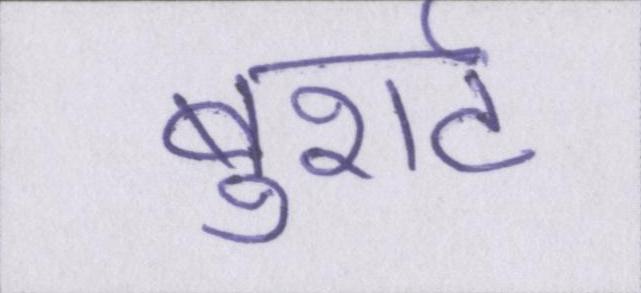
बुशर्ट